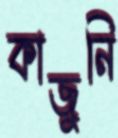
কাজুনি